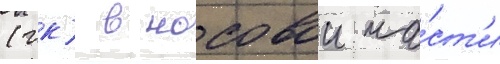
(гк) в носовои ча́ст'и